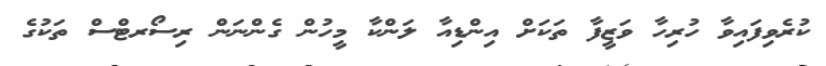
ކުރެވިފައިވާ ހުރިހާ ވަޒީފާ ތަަކަށް އިންޑިއާ ލަންކާ މީހުން ގެންނަން ރިސޯރޓްސް ތަކުގެ